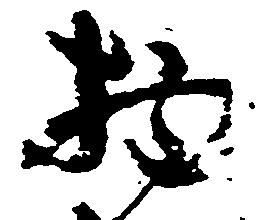
物